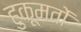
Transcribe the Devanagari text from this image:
हुक़ूमतों